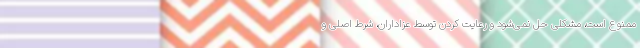
ممنوع است، مشکلی حل نمی‌شود و رعایت کردن توسط عزاداران، شرط اصلی و